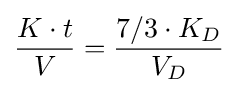
{\frac {K\cdot t}{V}}={\frac {7/3\cdot K_{D}}{V_{D}}}